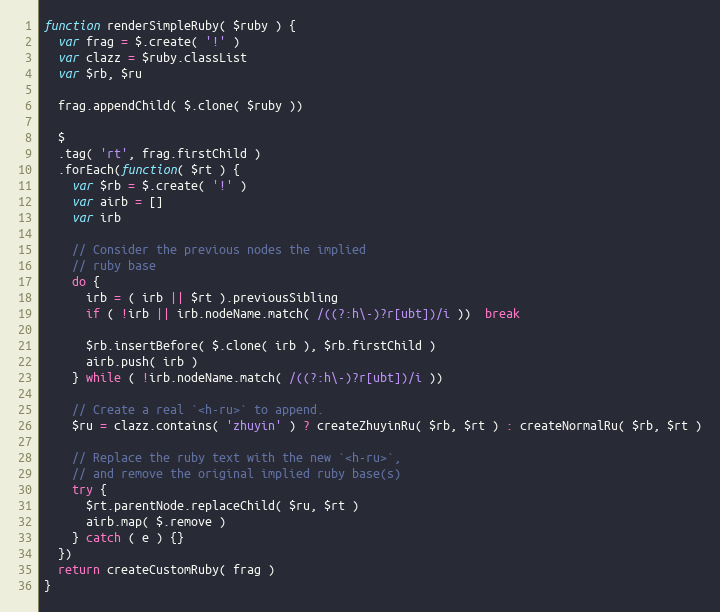
Language: JavaScript
function renderSimpleRuby( $ruby ) {
  var frag = $.create( '!' )
  var clazz = $ruby.classList
  var $rb, $ru

  frag.appendChild( $.clone( $ruby ))

  $
  .tag( 'rt', frag.firstChild )
  .forEach(function( $rt ) {
    var $rb = $.create( '!' )
    var airb = []
    var irb

    // Consider the previous nodes the implied
    // ruby base
    do {
      irb = ( irb || $rt ).previousSibling
      if ( !irb || irb.nodeName.match( /((?:h\-)?r[ubt])/i ))  break

      $rb.insertBefore( $.clone( irb ), $rb.firstChild )
      airb.push( irb )
    } while ( !irb.nodeName.match( /((?:h\-)?r[ubt])/i ))

    // Create a real `<h-ru>` to append.
    $ru = clazz.contains( 'zhuyin' ) ? createZhuyinRu( $rb, $rt ) : createNormalRu( $rb, $rt )

    // Replace the ruby text with the new `<h-ru>`,
    // and remove the original implied ruby base(s)
    try {
      $rt.parentNode.replaceChild( $ru, $rt )
      airb.map( $.remove )
    } catch ( e ) {}
  })
  return createCustomRuby( frag )
}